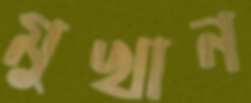
মুখান